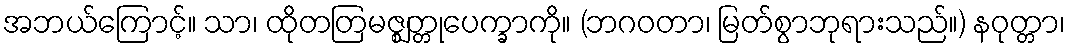
အဘယ်ကြောင့်။ သာ၊ ထိုတတြမဇ္ဈတ္တုပေက္ခာကို။ (ဘဂဝတာ၊ မြတ်စွာဘုရားသည်။) နဝုတ္တာ၊